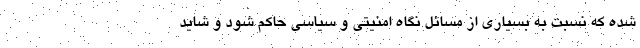
شده که نسبت به بسیاری از مسائل نگاه امنیتی و سیاسی حاکم شود و شاید